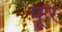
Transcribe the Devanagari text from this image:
फूर